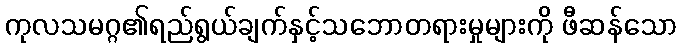
ကုလသမဂ္ဂ၏ရည်ရွယ်ချက်နှင့်သဘောတရားမှုများကို ဖီဆန်သော